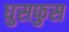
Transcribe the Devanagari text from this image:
धुसफुस